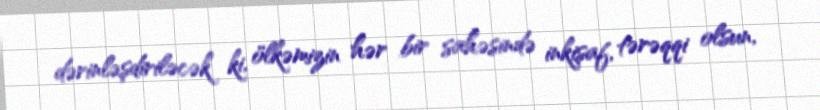
dərinləşdiriləcək ki, ölkəmizin hər bir sahəsində inkişaf, tərəqqi olsun,